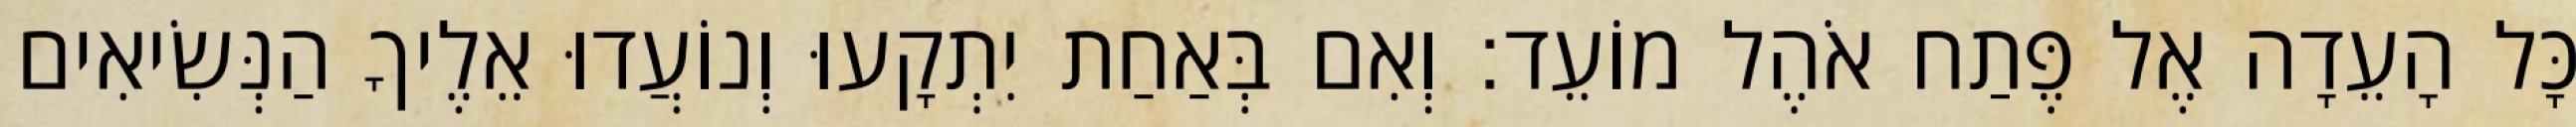
כָּל הָעֵדָה אֶל פֶּתַח אֹהֶל מוֹעֵד׃ וְאִם בְּאַחַת יִתְקָעוּ וְנוֹעֲדוּ אֵלֶיךָ הַנְּשִׂיאִים